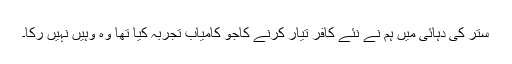
ستر کی دہائی میں ہم نے نئے کافر تیار کرنے کاجو کامیاب تجربہ کیا تھا وہ وہیں نہیں رکا۔